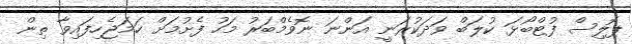
ޕޮލިސް ފުޓްބޯޅަ ކުލަބް ވަދަކުރަނީ އަންނަ ނޮވެމްބަރު މަހު ފެށުމަށް ހަމަޖެހިފައިވާ ތިން